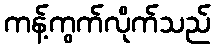
ကန့်ကွက်လိုက်သည်